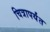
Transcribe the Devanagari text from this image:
चित्रापर्यंत